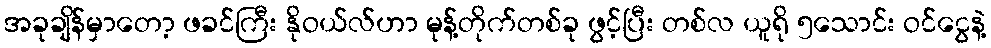
အခုချိန်မှာတော့ ဖခင်ကြီး နိုဝယ်လ်ဟာ မုန့်တိုက်တစ်ခု ဖွင့်ပြီး တစ်လ ယူရို ၅သောင်း ဝင်ငွေနဲ့